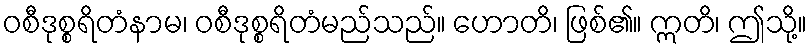
ဝစီဒုစ္စရိတံနာမ၊ ဝစီဒုစ္စရိတံမည်သည်။ ဟောတိ၊ ဖြစ်၏။ ဣတိ၊ ဤသို့။